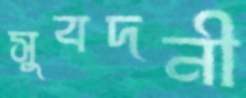
সুবদনী